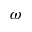
\omega